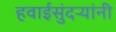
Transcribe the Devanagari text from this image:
हवाईसुंदर्‍यांंनी